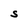
Character: S